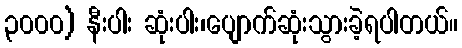
၃၀၀၀) နီးပါး ဆုံးပါး၊ပျောက်ဆုံးသွားခဲ့ရပါတယ်။